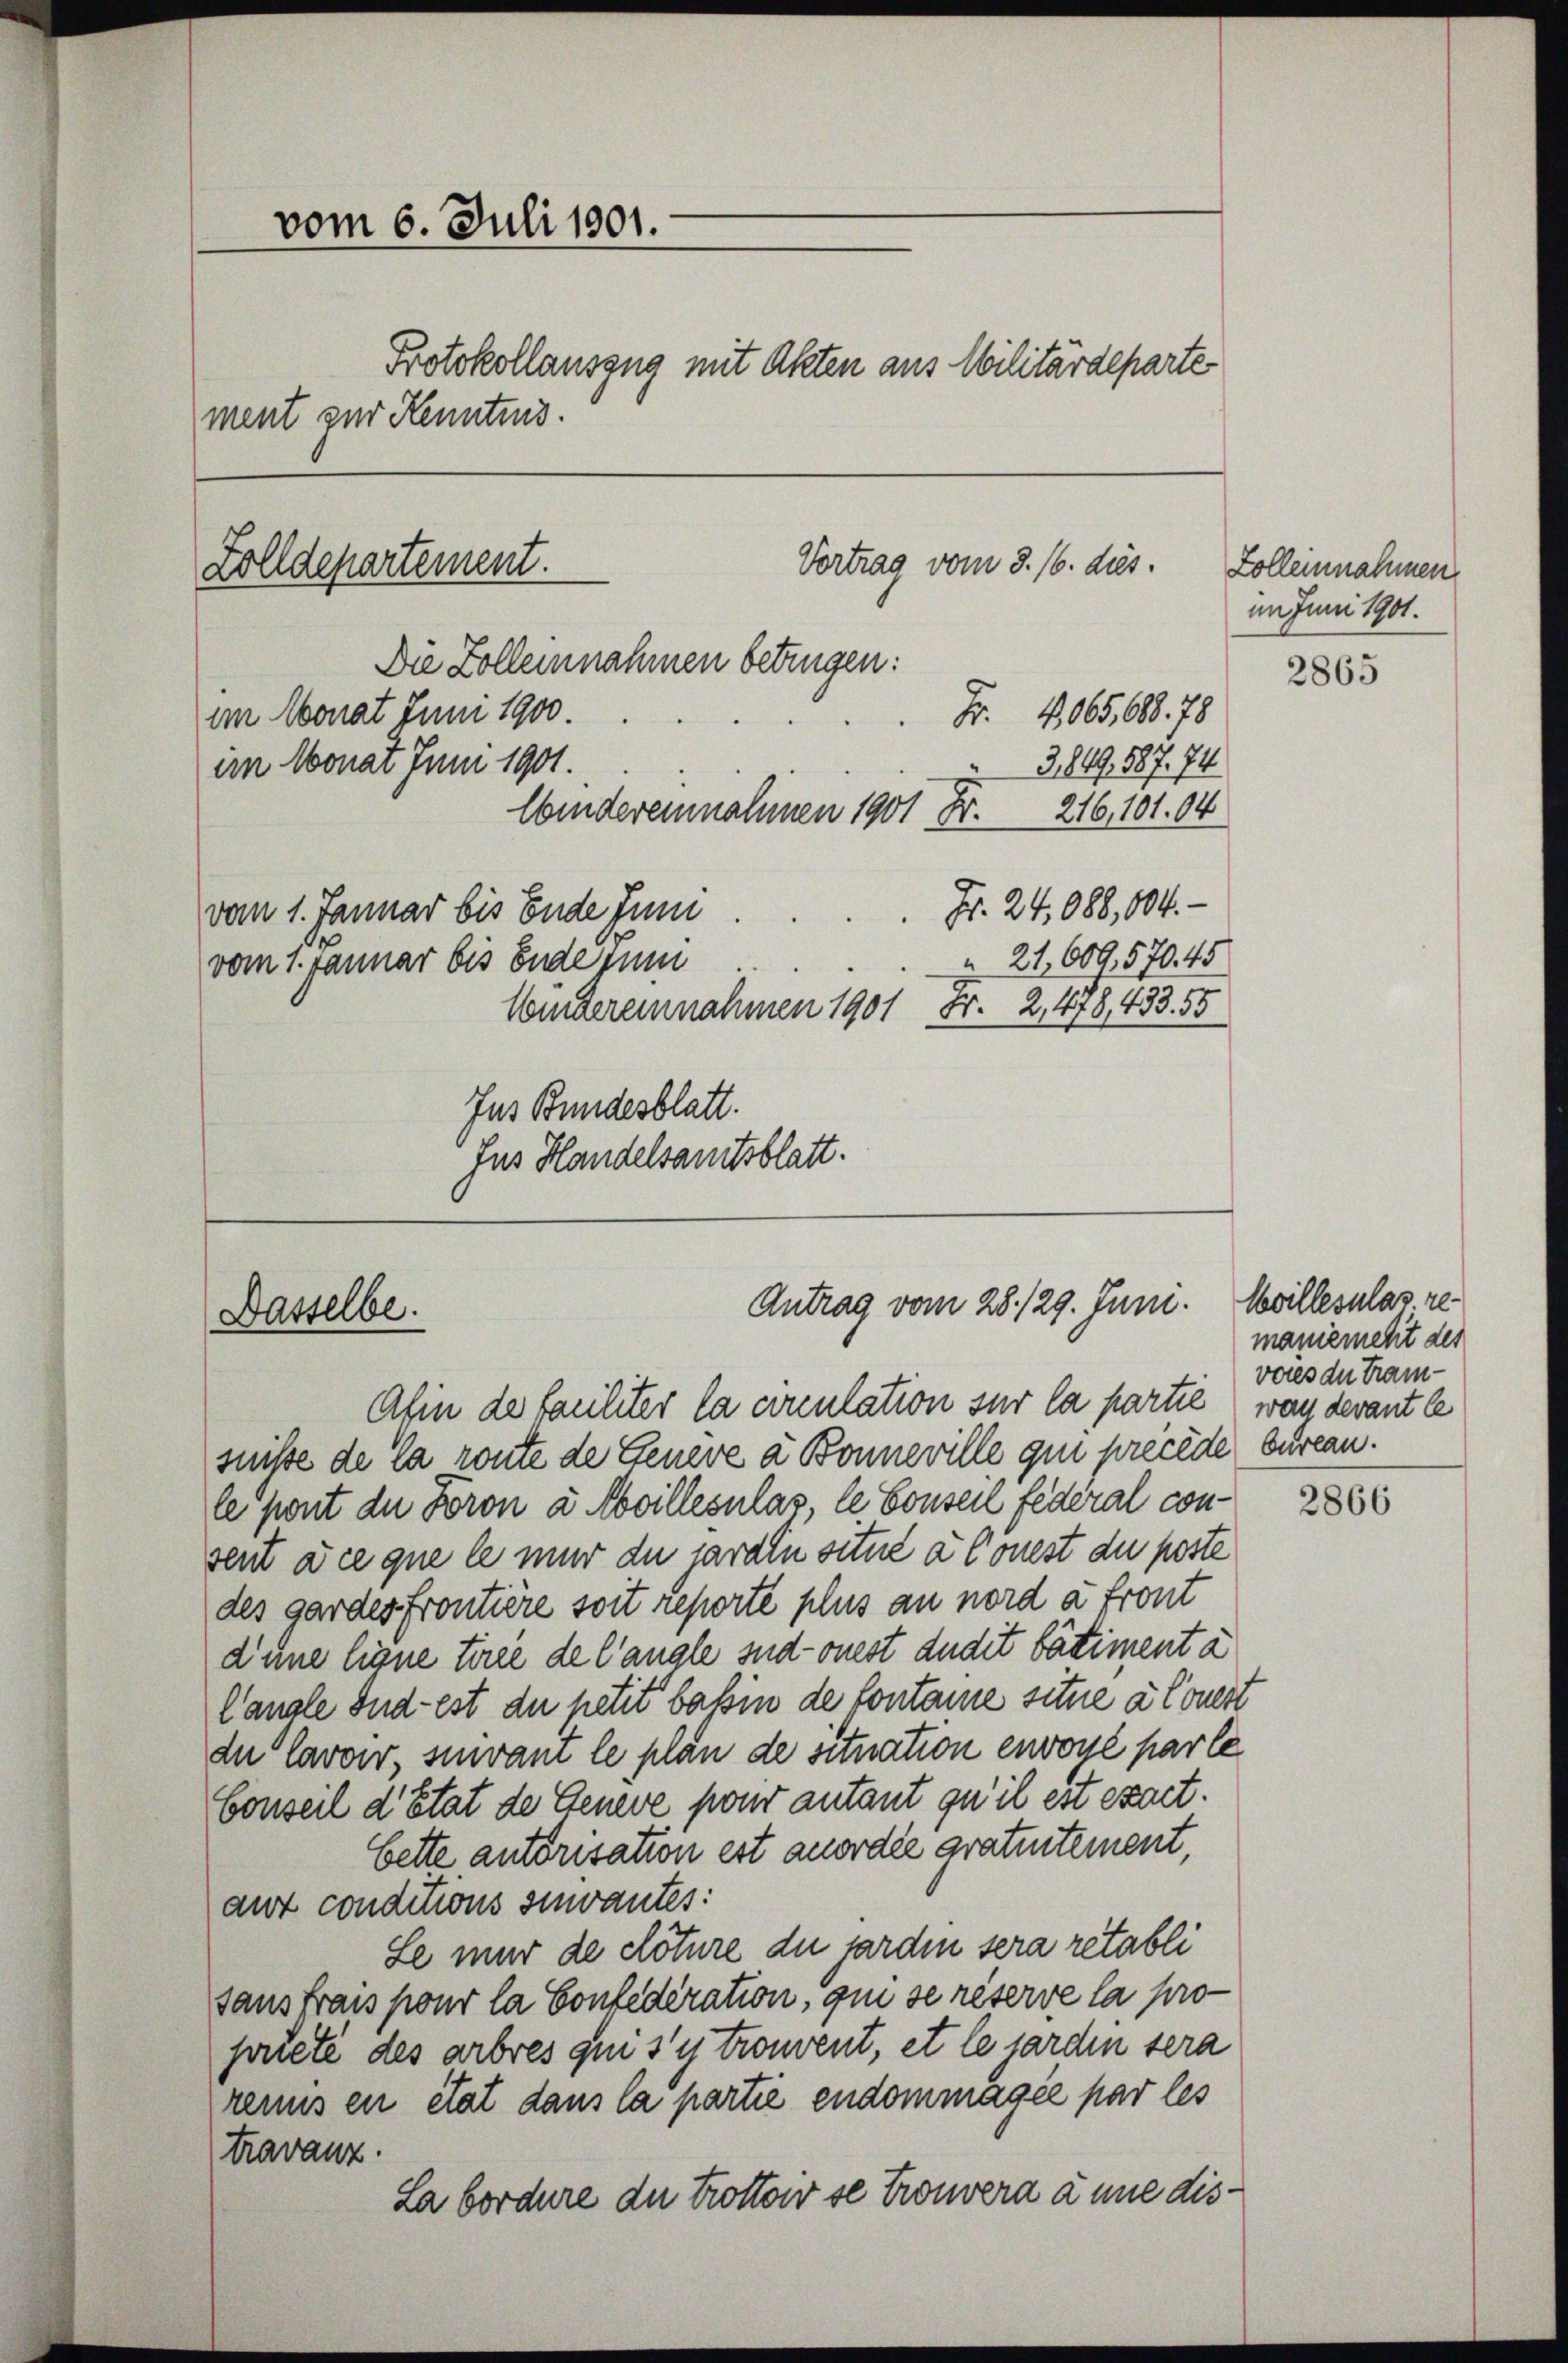
Zolldepartement.

vom 6. Juli 1901.
Protokollauszug mit Akten aus Militärdeparte
ment zur Kenntnis.
Vortrag vom 3. 16. dies.
Die Zolleinnahmen betrügen:
Fr. 1065,688. 78
an Monat Juni 1900.
3,849, 587. 74
im Monat Juni 1901.
Windereinnahmen 1901 Fr. 216,101. 04
Fr. 24,088, 104.
vom 1. Januar bis Ende Juni
21,609,570. 45
vom 1. Januar bis Ende zum
Widereinnahmen 1901 Fr. 2,478, 433. 55
Ins Bundesblatt.
Jus Handelsamtsblatt.

Antrag vom 28./29. Juni.
Dasselbe.

Afin de faulter la conculation sur la partie, wan devant le
suisse de la route de Genere a Bonneville qui precede bureau.
le sont die Foron à villezulas, le Conseil federal consent die que le mur du jardin situé a Conest du poste
des gardes frontière soit reporte plus an nord a front
d’une ligne tirée de langle sud-onest dudit bâtiment à
Canale Sud-est du petit bassin de fontaire situe à Conert
du Cavor, sinvant le plan de situation envoyé par le
Conseil d’Etat der Geneve pono autant qu’il est exact.
bette autorisation est anordee gratuitement,
aut conditions sivantes:
Le mur de clôture du jarden sera retabli
sausfrais pour la Confederation, qui se réserve la propriete des arbres qui s’y trouvent, et le jarden sera
renus en état dans la partie endommagée par les
travanz.
Labordure du trottoir se trouvera à une dis¬

Zolleinnahmen.
im Juni 1901.
2865

Mvillezulas remanierecht des
vores du Tram¬

2866